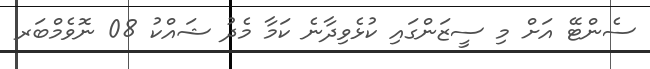
ސެންޓޭ އަށް މި ސީޒަންގައި ކުޅެވިދާނެ ކަމާ މެދު ޝައްކު 08 ނޮވެމްބަރ